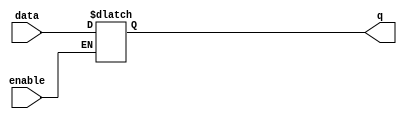
module latch (
    input data, // input data bit
    input enable, // enable signal to update latch
    output reg q // output bit
);

always @ (data or enable) begin
    if (enable) begin
        q <= data; // latch is updated if enable signal is high
    end
end

endmodule